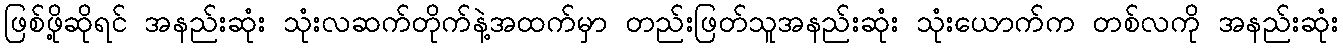
ဖြစ်ဖို့ဆိုရင် အနည်းဆုံး သုံးလဆက်တိုက်နဲ့အထက်မှာ တည်းဖြတ်သူအနည်းဆုံး သုံးယောက်က တစ်လကို အနည်းဆုံး